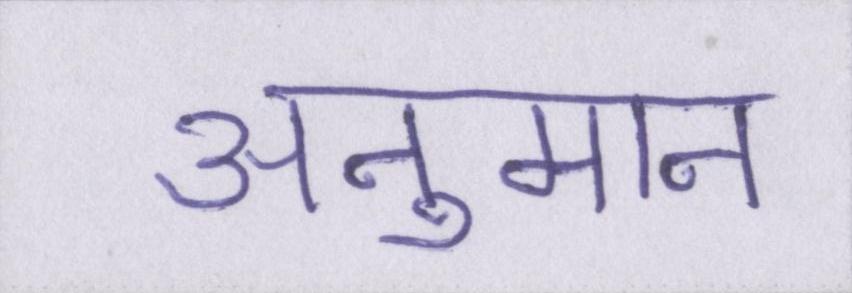
अनुमान